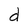
Character: d